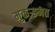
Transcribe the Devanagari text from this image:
मुकर्‍इमत